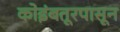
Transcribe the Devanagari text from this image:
कोइंबतूरपासून